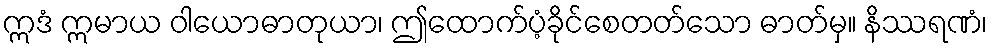
ဣဒံ ဣမာယ ဝါယောဓာတုယာ၊ ဤထောက်ပံ့ခိုင်စေတတ်သော ဓာတ်မှ။ နိဿရဏံ၊